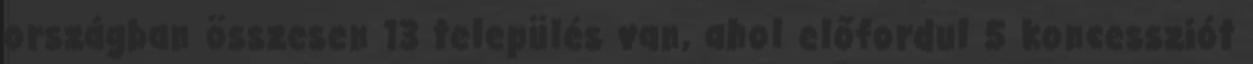
országban összesen 13 település van, ahol előfordul 5 koncessziót